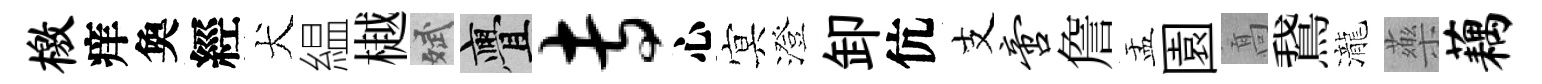
檄痒奐經犬緼樾斌亹专心㝠澄卸伉支啻詹盂園髙鵞瀧藥藕